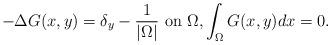
LaTeX: \begin{align*}-\Delta G(x,y)=\delta_y-\frac{1}{|\Omega|}\ \mbox{on $\Omega$},\int_\Omega G(x,y)dx=0. \end{align*}